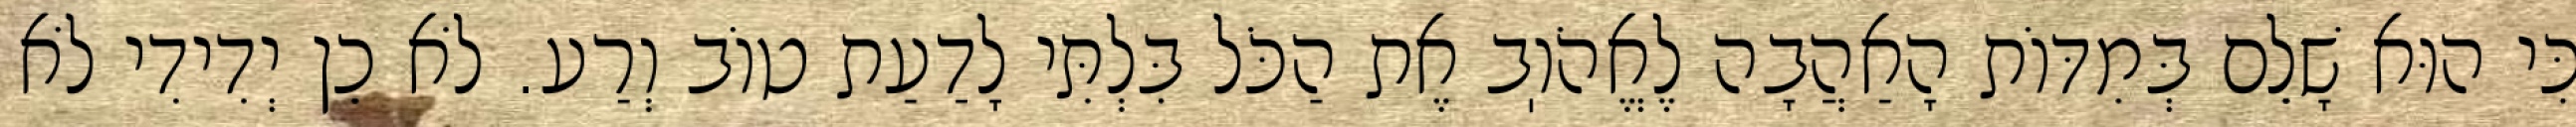
כִּי הוּא שָׁלֵם בְּמִדּוֹת הָאַהֲבָה לֶאֱהֹוֽב אֶת הַכֹּל בִּלְתִּי לָדַעַת טוֹב וְרַע. לֹא כֵן יְדִידִי לֹא